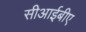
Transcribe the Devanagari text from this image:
सीआईबीए